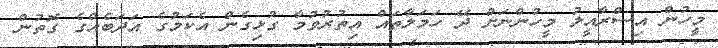
މީހުން އިސްރާއީލު މީހުންނަށް ދޭ ހަމަލާތައް އިތުރުވުމާ ގުޅިގެން އެކަމުގެ އަދަބެއްގެ ގޮތުން